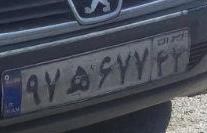
۹۷ه۶۷۷۴۲